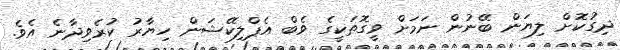
ދިގުކޮށް ލިޔަން ބޭނުން ނަމަށް ވީގޮތަކީގެ ވެބް އެޕްލިކޭޝަން ހިޔާރު ކުރެވިދާނެ އެވެ.